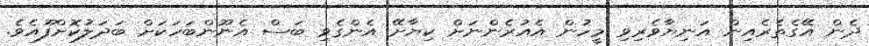
ދެން އޭގެތެރެއިން އަނިޔާވެރިވި މީހުން އެއުރެންނަށް ކިޔާށޭ އެންގެވި ބަސް އެނޫންބަހަކަށް ބަދަލުކޮށްފޫއެވެ.